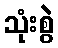
သုံးစွဲ